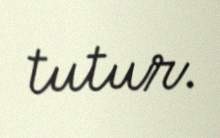
tutur.